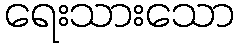
ရေးသားသော